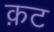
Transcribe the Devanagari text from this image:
क़ट